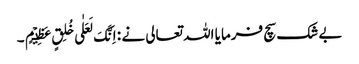
بے شک سچ فرمایا اللہ تعالی نے : اِنَّکَ لَعَلٰی خُلِقٍ عَظِیۡمٍ ۔